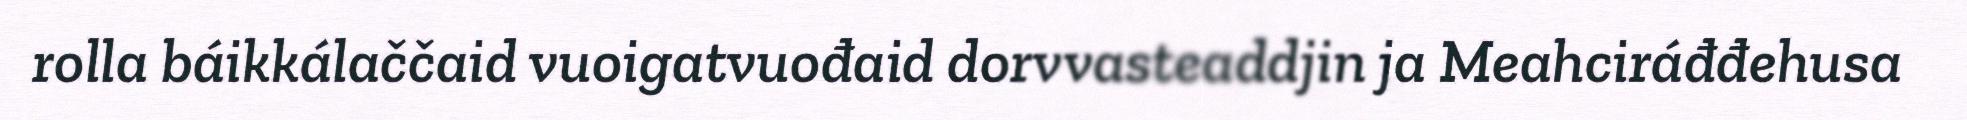
rolla báikkálaččaid vuoigatvuođaid dorvvasteaddjin ja Meahciráđđehusa